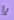
يا